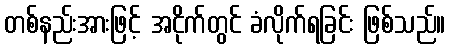
တစ်နည်းအားဖြင့် အငိုက်တွင် ခံလိုက်ရခြင်း ဖြစ်သည်။